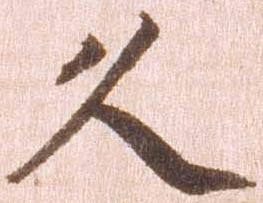
久